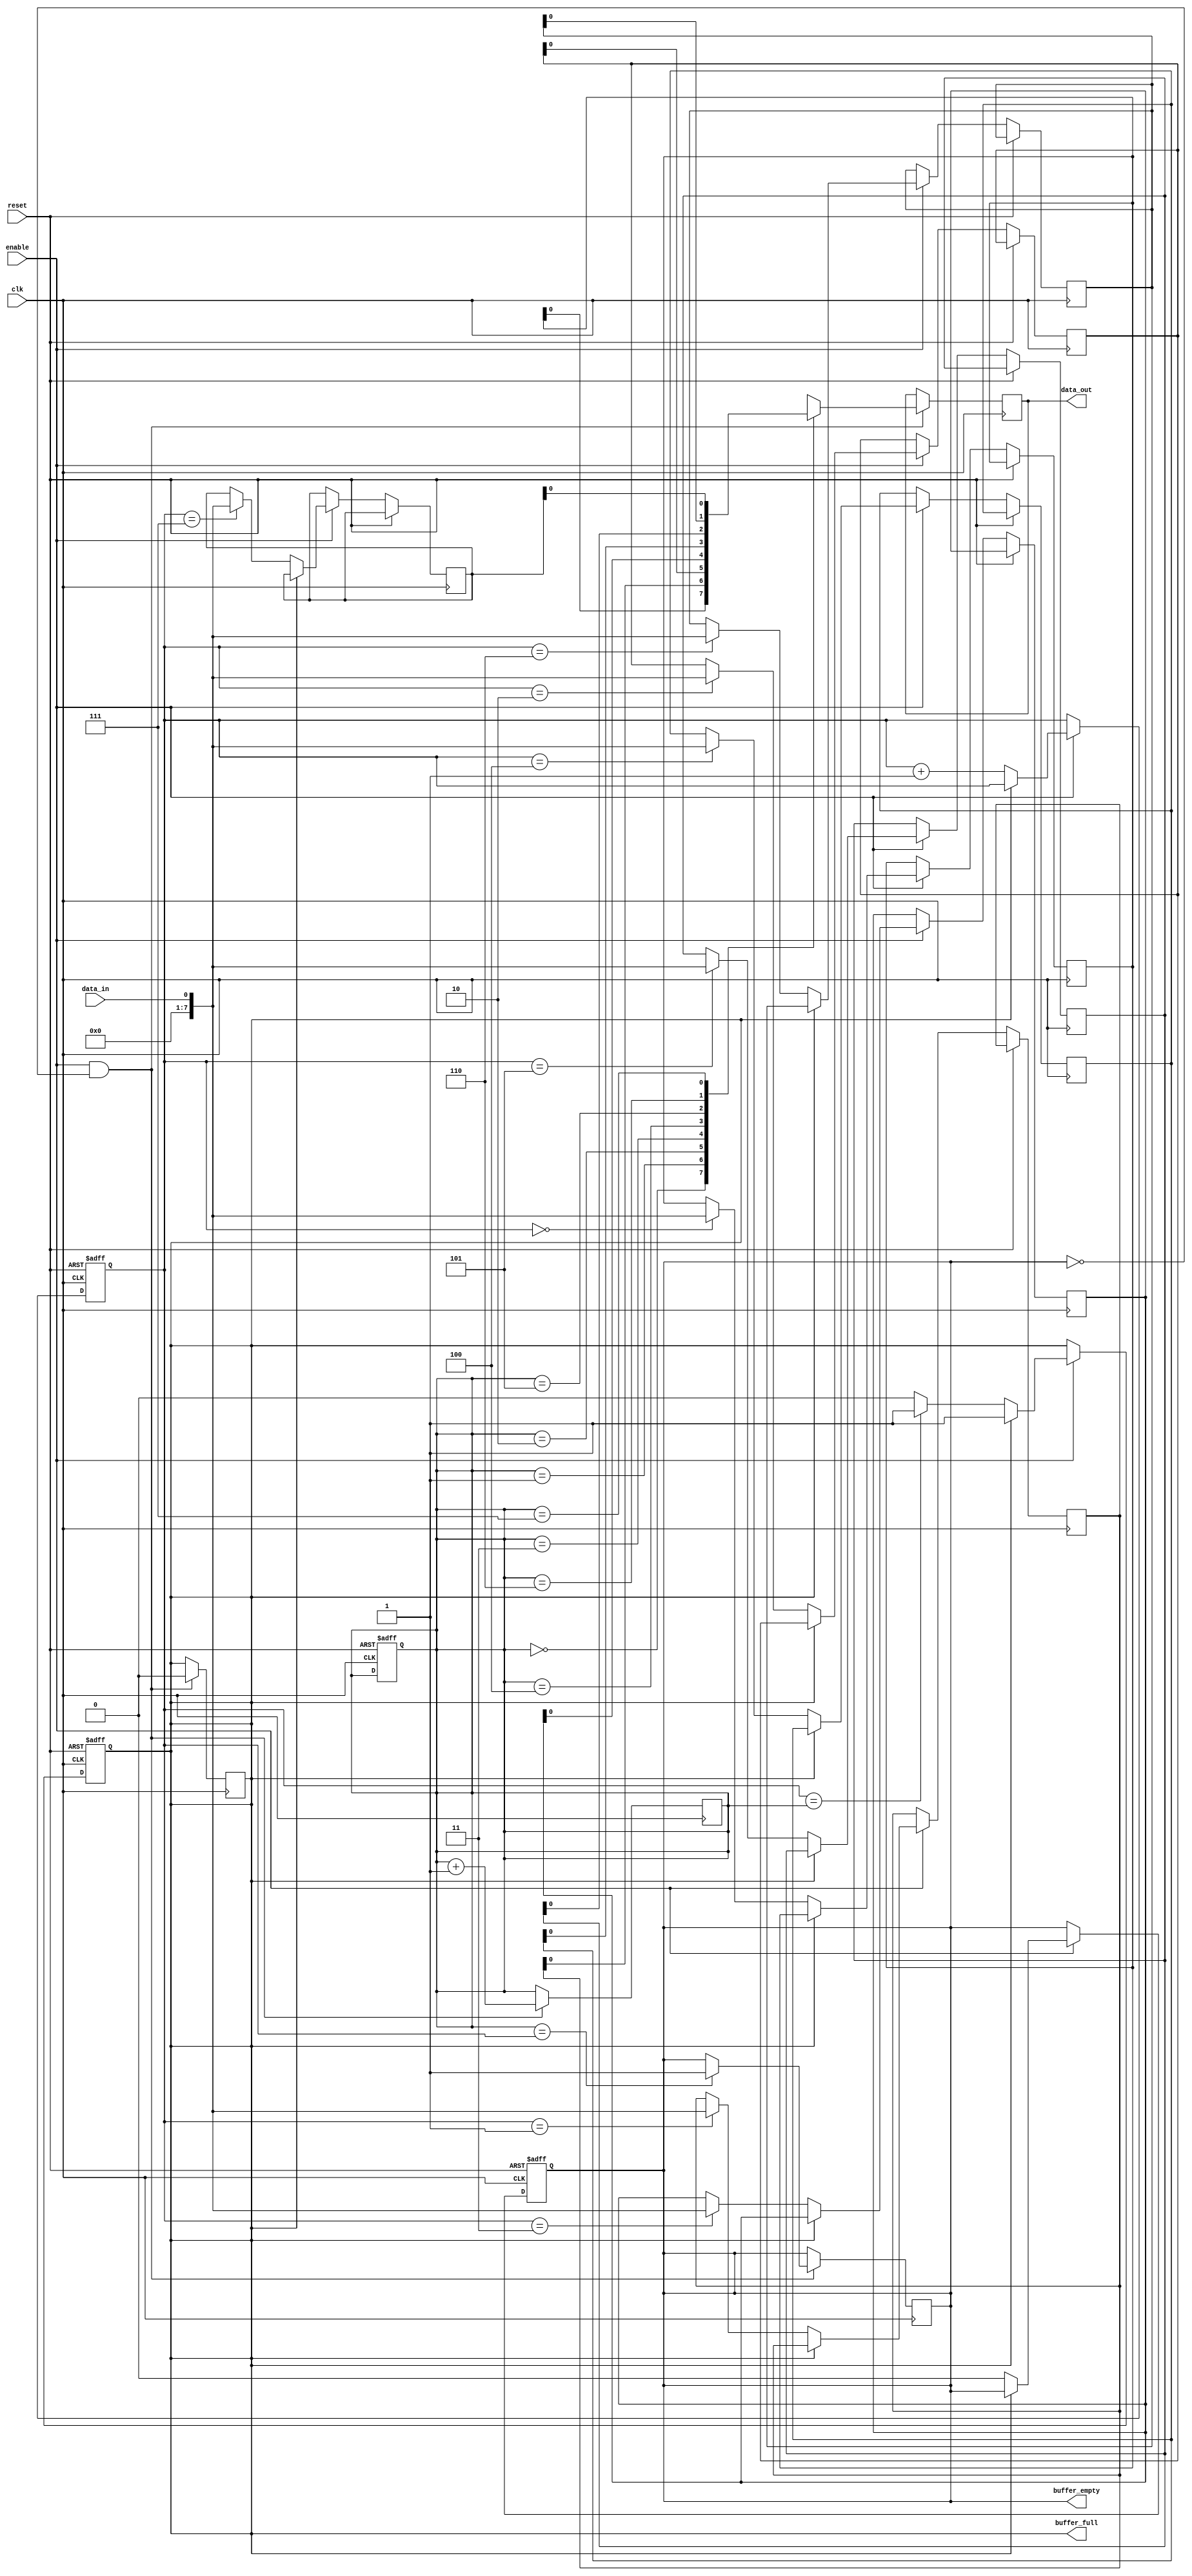
module fifo_buffer (
  input wire clk,
  input wire reset,
  input wire enable,
  input wire data_in,
  output reg data_out,
  output reg buffer_full,
  output reg buffer_empty
);

reg [7:0] buffer [0:7];
reg [2:0] read_ptr, write_ptr;

always @ (posedge clk or posedge reset) begin
  if (reset) begin
    read_ptr <= 0;
    write_ptr <= 0;
    buffer_full <= 0;
    buffer_empty <= 1;
  end else if (enable) begin
    if (!buffer_full) begin
      buffer[write_ptr] <= data_in;
      write_ptr <= write_ptr + 1;
      if (write_ptr == read_ptr)
        buffer_full <= 1;
      buffer_empty <= 0;
    end
  end
end

always @ (posedge clk) begin
  if (enable && !buffer_empty) begin
    data_out <= buffer[read_ptr];
    read_ptr <= read_ptr + 1;
    if (read_ptr == write_ptr)
      buffer_empty <= 1;
    buffer_full <= 0;
  end
end

endmodule